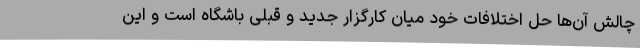
چالش آن‌ها حل اختلافات خود میان کارگزار جدید و قبلی باشگاه است و این